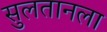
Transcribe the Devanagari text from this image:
सुलतानला